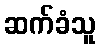
ဆက်ခံသူ